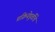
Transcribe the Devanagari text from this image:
प्रक्रियेपूर्वीचे